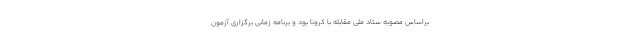
براساس مصوبه ستاد ملی مقابله با کرونا بود و برنامه زمانی برگزاری آزمون